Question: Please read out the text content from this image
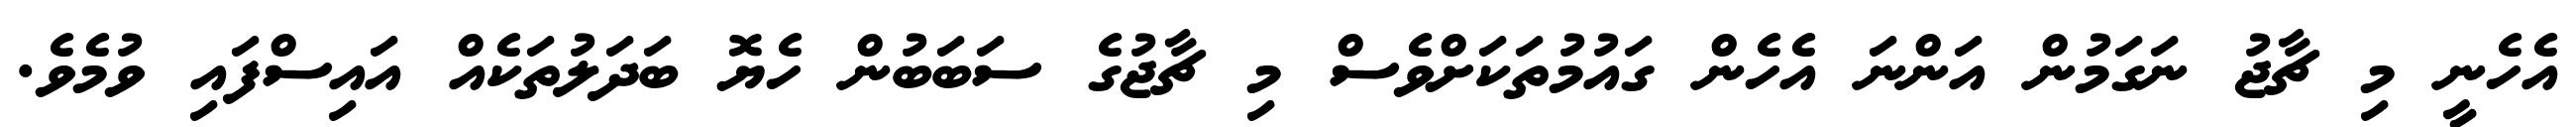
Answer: އެހެނީ މި ޗާޖު ނަގަމުން އަންނަ އެހެން ގައުމުތަކަށްވެސް މި ޗާޖުގެ ސަބަބުން ހެޔޮ ބަދަލުތަކެއް އައިސްފައި ވުމެވެ.